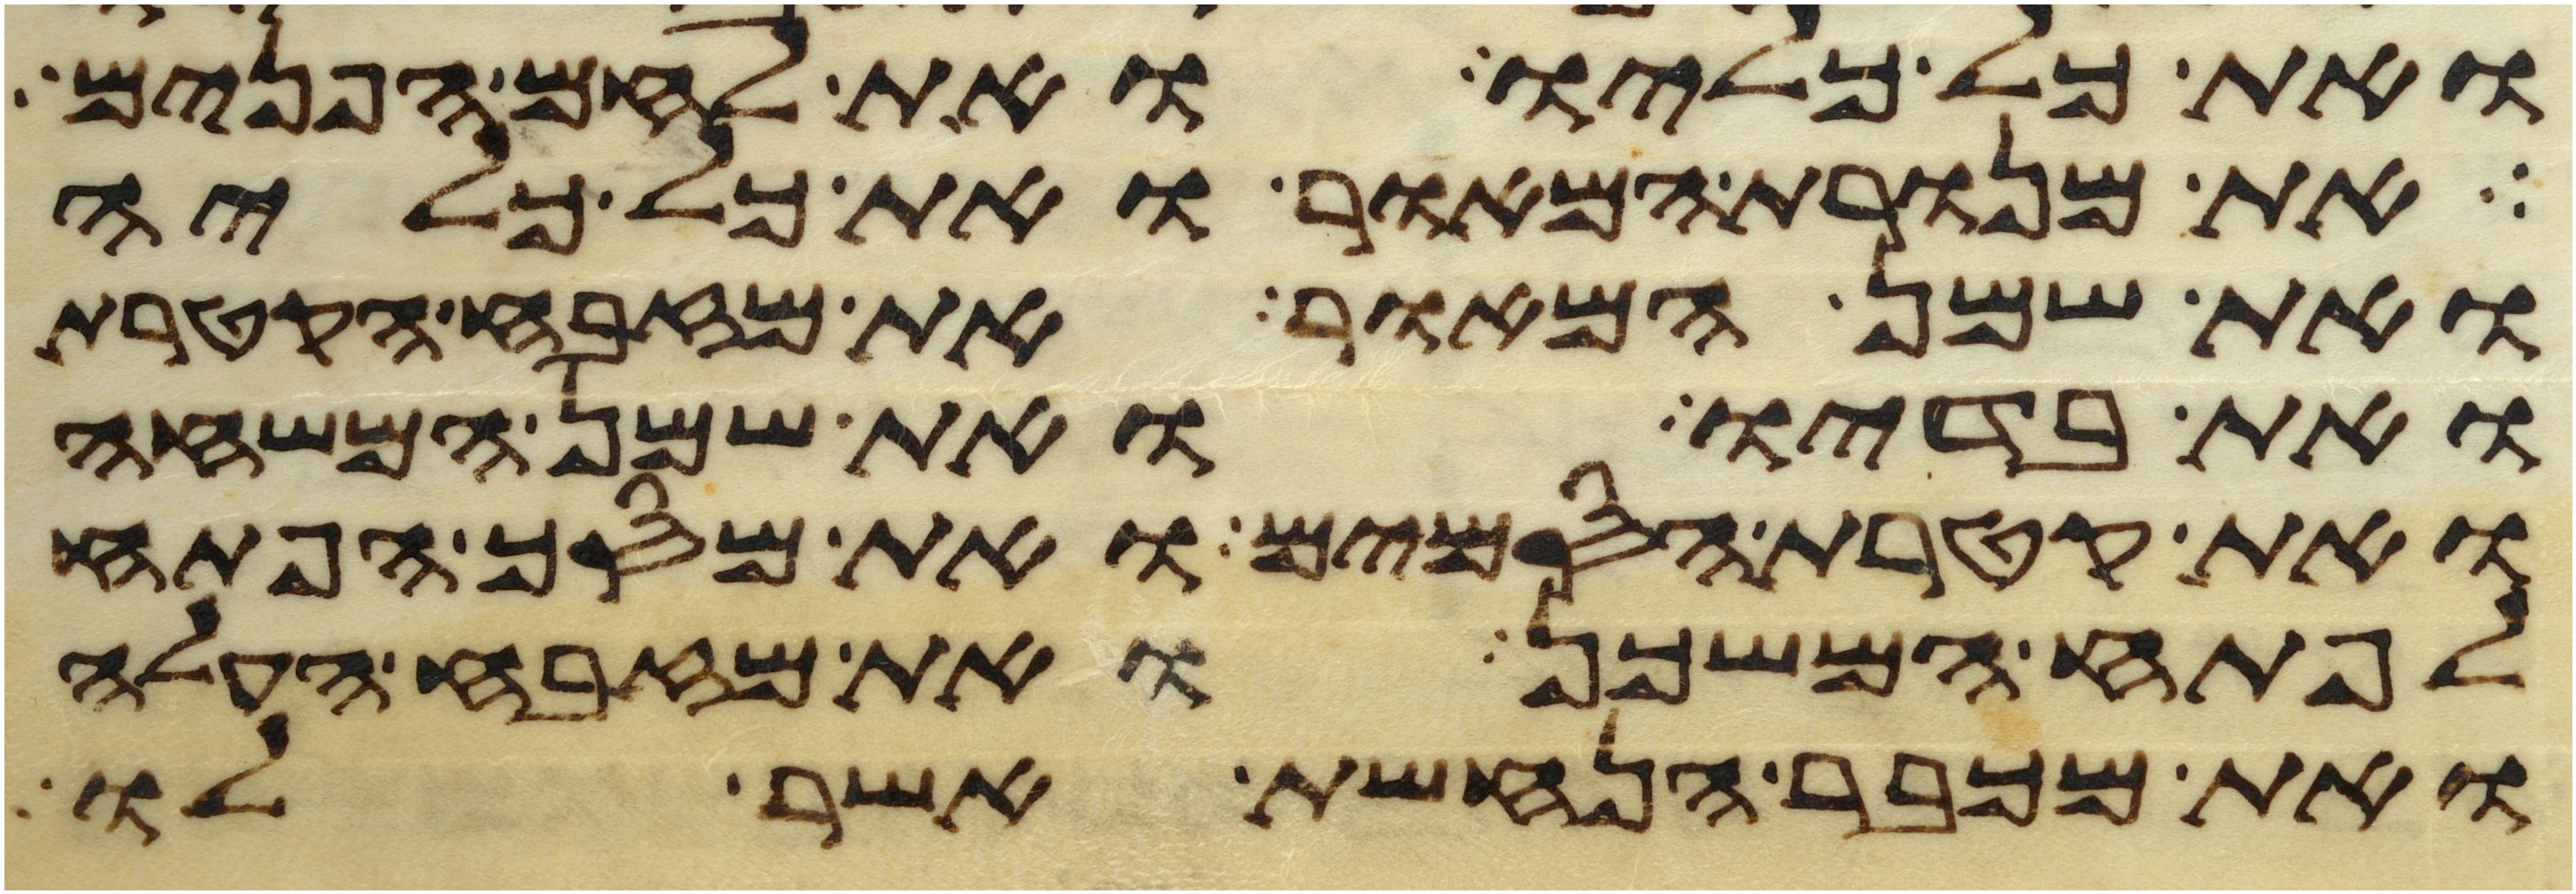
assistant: ואת כל כליו ואת לחם הפנים
את מנורת המאור ואת כל כליה
ואת שמן המאור את מזבח הקטרת
ואת בדיו ואת שמן המשחה
ואת קטרת הסמים ואת מסך הפתח
לפתח המשכן ואת מזבח העלה
ואת מכבר הנחשת אשר לו